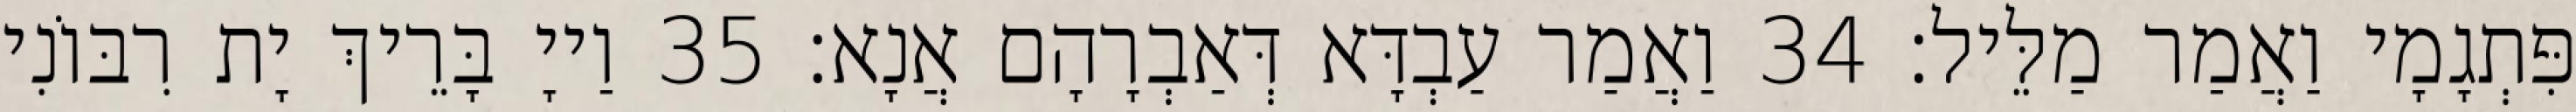
פִּתְגָמָי וַאֲמַר מַלֵּיל׃ 34 וַאֲמַר עַבְדָּא דְּאַבְרָהָם אֲנָא׃ 35 וַייָ בָּרֵיךְ יָת רִבּוֹנִי